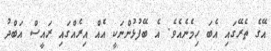
އޭގެ ތެރޭގައި އެބަ ހިމެނެއެވެ. އެ ބޭފުޅުންނަކީ އެއް އިރެއްގައި ރައީސް އަބްދު